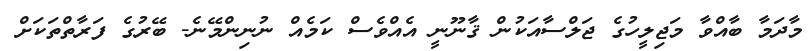
މާދަމާ ބާއްވާ މަޖިލީހުގެ ޖަލްސާއަކުން ޤާނޫނީ އެއްވެސް ކަމެއް ނުނިންމޭނެ- ބޭރުގެ ފަރާތްތަކަށް